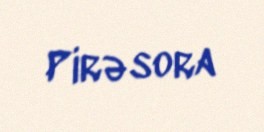
Pirəsora